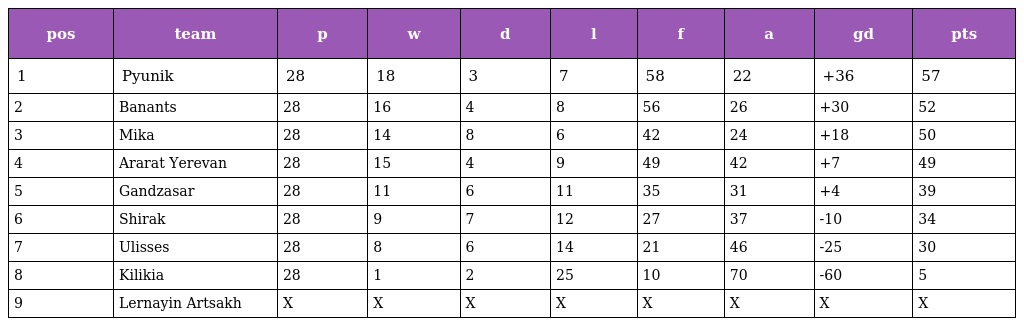
| pos | team | p | w | d | l | f | a | gd | pts |
 | --- | --- | --- | --- | --- | --- | --- | --- | --- | --- |
 | 1 | Pyunik | 28 | 18 | 3 | 7 | 58 | 22 | +36 | 57 |
 | 2 | Banants | 28 | 16 | 4 | 8 | 56 | 26 | +30 | 52 |
 | 3 | Mika | 28 | 14 | 8 | 6 | 42 | 24 | +18 | 50 |
 | 4 | Ararat Yerevan | 28 | 15 | 4 | 9 | 49 | 42 | +7 | 49 |
 | 5 | Gandzasar | 28 | 11 | 6 | 11 | 35 | 31 | +4 | 39 |
 | 6 | Shirak | 28 | 9 | 7 | 12 | 27 | 37 | -10 | 34 |
 | 7 | Ulisses | 28 | 8 | 6 | 14 | 21 | 46 | -25 | 30 |
 | 8 | Kilikia | 28 | 1 | 2 | 25 | 10 | 70 | -60 | 5 |
 | 9 | Lernayin Artsakh | X | X | X | X | X | X | X | X |